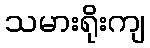
သမားရိုးကျ